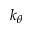
k _ { \theta }